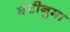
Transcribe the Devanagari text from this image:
घंटीनुमा